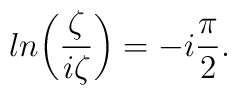
ln\biggl({\zeta\over{i\zeta}}\biggr)=-i{\pi\over2}.